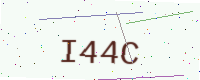
Text: I44C